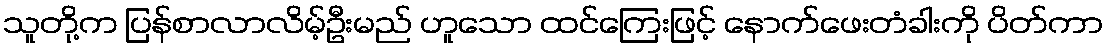
သူတို့က ပြန်စာလာလိမ့်ဦးမည် ဟူသော ထင်ကြေးဖြင့် နောက်ဖေးတံခါးကို ပိတ်ကာ